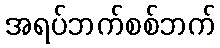
အရပ်ဘက်စစ်ဘက်